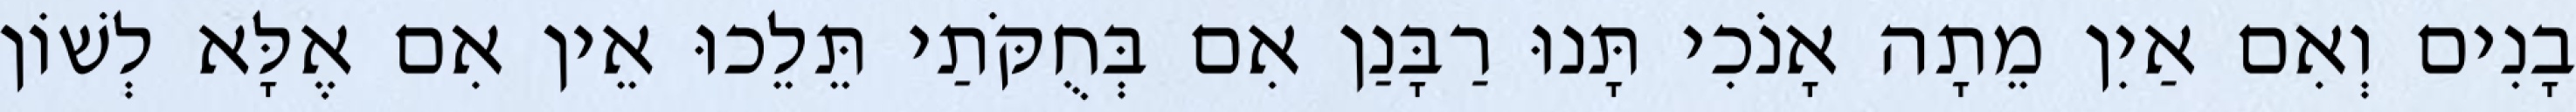
בָנִים וְאִם אַיִן מֵתָה אָנֹכִי תָּנוּ רַבָּנַן אִם בְּחֻקֹּתַי תֵּלֵכוּ אֵין אִם אֶלָּא לְשׁוֹן